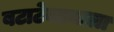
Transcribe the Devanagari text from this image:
बटाटेवड्याला